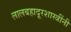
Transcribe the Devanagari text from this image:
लालबहादूरशास्त्रींनी